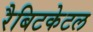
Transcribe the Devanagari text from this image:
रैबिटकेटल